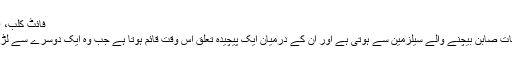
فائٹ کلب، 1999 (Fight Club)
ایک عام شخص کی ملاقات صابن بیچنے والے سیلزمین سے ہوتی ہے اور ان کے درمیان ایک پیچیدہ تعلق اس وقت قائم ہوتا ہے جب وہ ایک دوسرے سے لڑنے کا فیصلہ کرتے ہیں۔